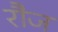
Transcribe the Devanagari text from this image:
रौज